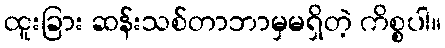
ထူးခြား ဆန်းသစ်တာဘာမှမရှိတဲ့ ကိစ္စပါ။